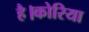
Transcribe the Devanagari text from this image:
है।कोरिया